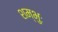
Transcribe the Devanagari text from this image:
शम्भुः